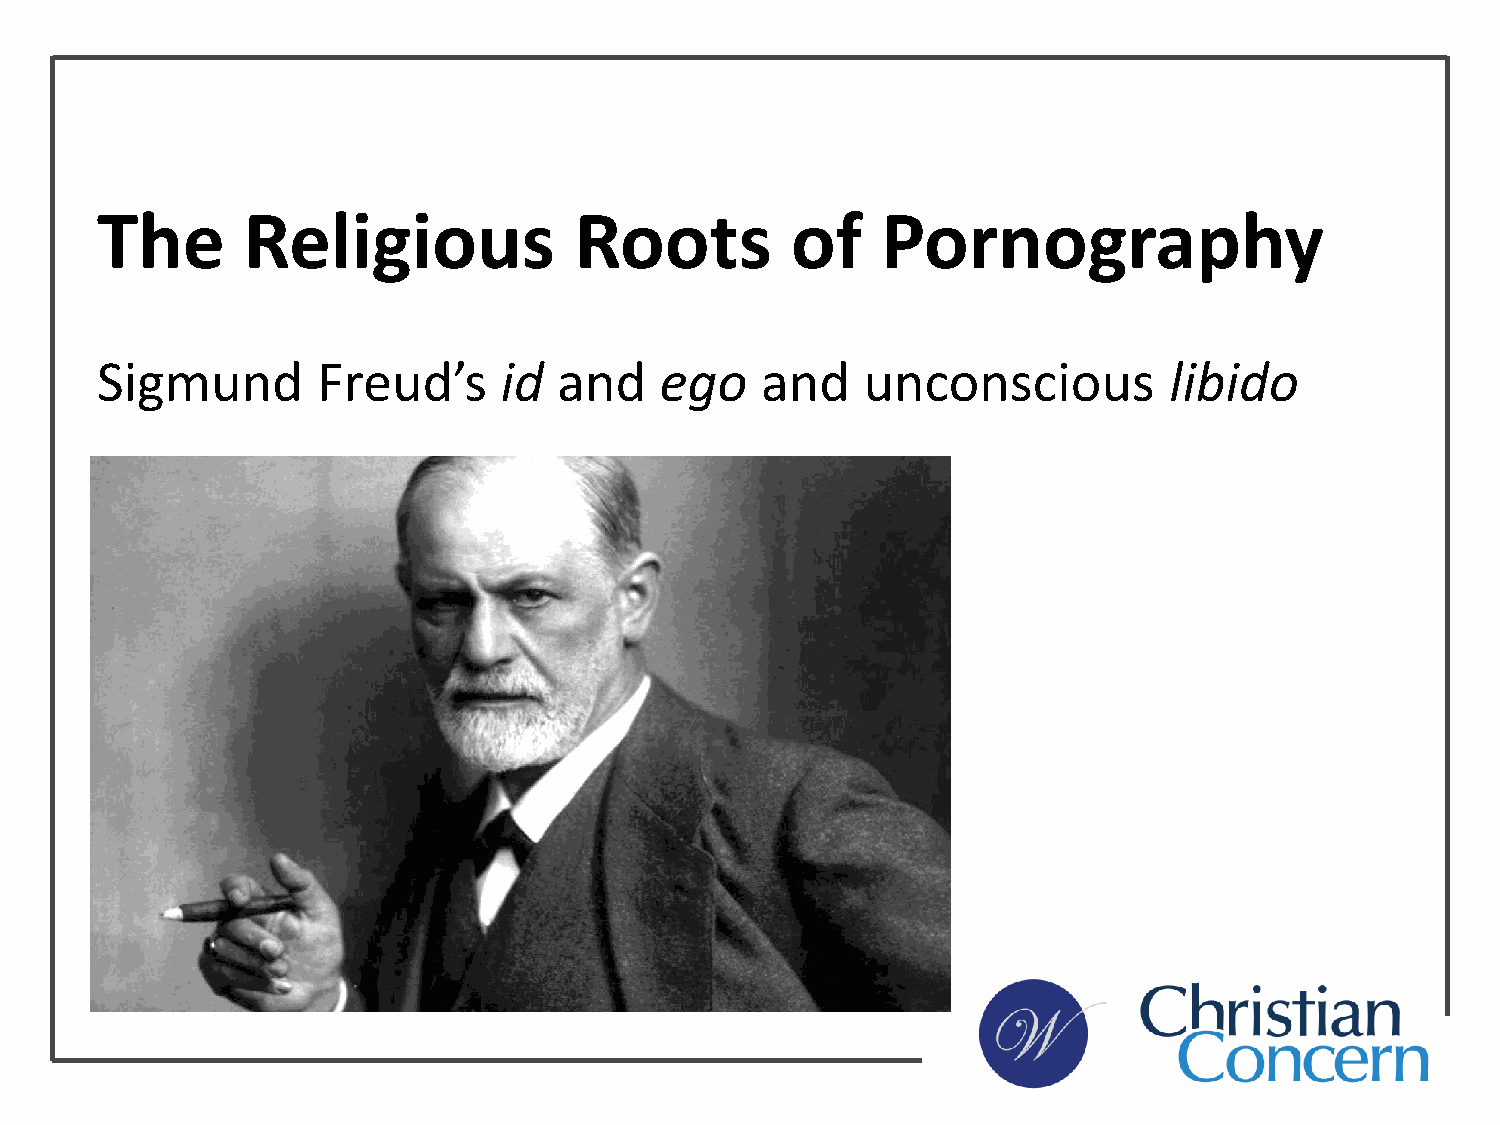
The       Religious             Roots         of    Pornography
 Sigmund        Freud’s     id  and    ego   and    unconscious         libido